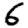
Digit: 6